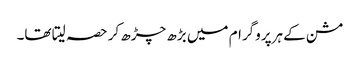
مشن کے ہرپروگرام میں بڑھ چڑھ کر حصہ لیتا تھا۔